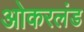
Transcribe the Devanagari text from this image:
ओकरलंड